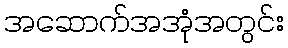
အဆောက်အအုံအတွင်း